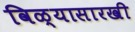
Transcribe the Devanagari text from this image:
विळ्यासारखी